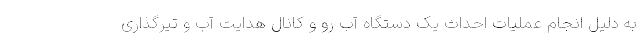
به دلیل انجام عملیات احداث یک دستگاه آب رو و کانال هدایت آب و تیرگذاری